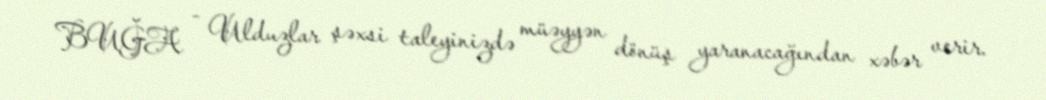
BUĞA - Ulduzlar şəxsi taleyinizdə müəyyən dönüş yaranacağından xəbər verir.